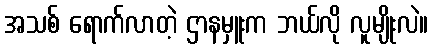
အသစ် ရောက်လာတဲ့ ဌာနမှူးက ဘယ်လို လူမျိုးလဲ။